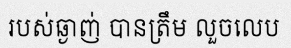
របស់ឆ្ងាញ់ បានត្រឹម លួចលេប